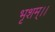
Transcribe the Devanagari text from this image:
भृशम्।।